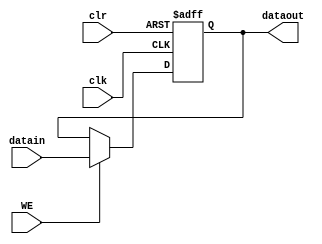
module single_register(datain, dataout, clk, clr, WE);
    input [31:0] datain; /* 32bit input */
    output [31:0] dataout; /* 32bit output */
    input clk, clr, WE; /* clk:clock signal, clr:clear signal, WE:Write Enable */

    reg [31:0] register;

    /* new code start */

    always @(posedge clk or posedge clr) /* when clk or clr is positive */
    begin
	if(clr) register=0; /* if clr is 0, change the register value to 0 */
	else if(WE) register=datain; /* else if WE is true (1), change the register value to datain */
    end

    assign dataout=register; /* assign the register value to the dataout */

    /* new code end */
       
endmodule

module mux4to1(datain0, datain1, datain2, datain3, dataout, select);
    input [31:0] datain0, datain1, datain2, datain3; /* 32bit input */
    input[1:0] select; /* 2bit select */
    output [31:0] dataout; /* 32bit output */
    reg [31:0] data;

    /* new code start */

    always @(datain0 or datain1 or datain2 or datain3 or select) /* when any of inputs change */
    begin

    case(select) /* according to select */
	2'b00: data=datain0; /* if select value is 00, then change dataout to datain0 */
	2'b01: data=datain1; /* if select value is 01, then change dataout to datain1 */
	2'b10: data=datain2; /* if select value is 10, then change dataout to datain2 */
	2'b11: data=datain3; /* if select value is 11, then change dataout to datain3 */
    endcase

    end

    assign dataout=data;

    /* new code end */

endmodule

module signextd(datain, dataout);
    input [15:0] datain; /* 16bit input */
    output [31:0] dataout; /* 32bit output */
    reg [31:0] dataout;

    /* new code start */

    always @(datain) /* when datain changes */
    begin
	dataout={{16{datain[15]}},datain[15:0]}; /* append digits to the most significant side of number, dependent on the signed number */
    end

    /* new code end */
   
endmodule

module shiftleft2(datain, dataout);
    input [31:0] datain; /* 32 bit input */
    output [31:0] dataout; /* 32 bit output */
    reg [31:0] dataout;

    /* new code start */

    always @(datain) /* when the datain changes */
 
    begin
	dataout=datain<<2; /* dataout = shift left datain by 2bit */ 
    end

    /* new code end */

endmodule

/* concatenate pcin[31-28] with datain[27-0] to form a jump address*/
module concatenate4to28(datain, pcin, pcout);
    input [31:0] datain, pcin; /* 32bit input and pcin */
    output [31:0] pcout; /* 32bit output */
    reg [31:0] pcout;

/* new code start */

    always @(datain or pcin) /* when datain or pcin changes */
    begin
	pcout={pcin[31:28],datain[27:0]}; /* pcout consists of 4bits of pcin's left side and 28bits of datain's right side */
    end

/*new code end */

    endmodule